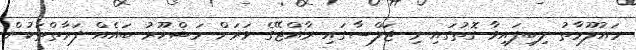
މައުލޫމާތު ލިބިފައިވާ ގޮތުގައި މި ޖަލްސާގައި ރާއްޖޭގެ ވަރަށް މަޝްހޫރު ބައެއް ފަރާތްތަކުން